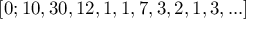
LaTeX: [ 0 ; 1 0 , 3 0 , 1 2 , 1 , 1 , 7 , 3 , 2 , 1 , 3 , . . . ]